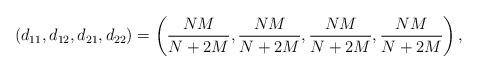
LaTeX: \begin{align*} (d_{11},d_{12},d_{21},d_{22}) = \left(\frac{NM}{N+2M},\frac{NM}{N+2M},\frac{NM}{N+2M},\frac{NM}{N+2M}\right),\end{align*}